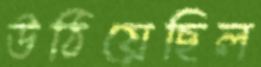
উঠিয়েছিল